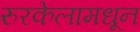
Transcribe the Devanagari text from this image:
रुरकेलामधून